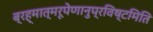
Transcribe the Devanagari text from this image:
ब्रह्मात्मरूपेणानुप्रविष्टमिति